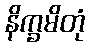
နိက္ခမိတုံ